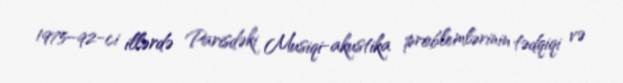
1975–92-ci illərdə Parisdəki Musiqi-akustika problemlərinin tədqiqi və